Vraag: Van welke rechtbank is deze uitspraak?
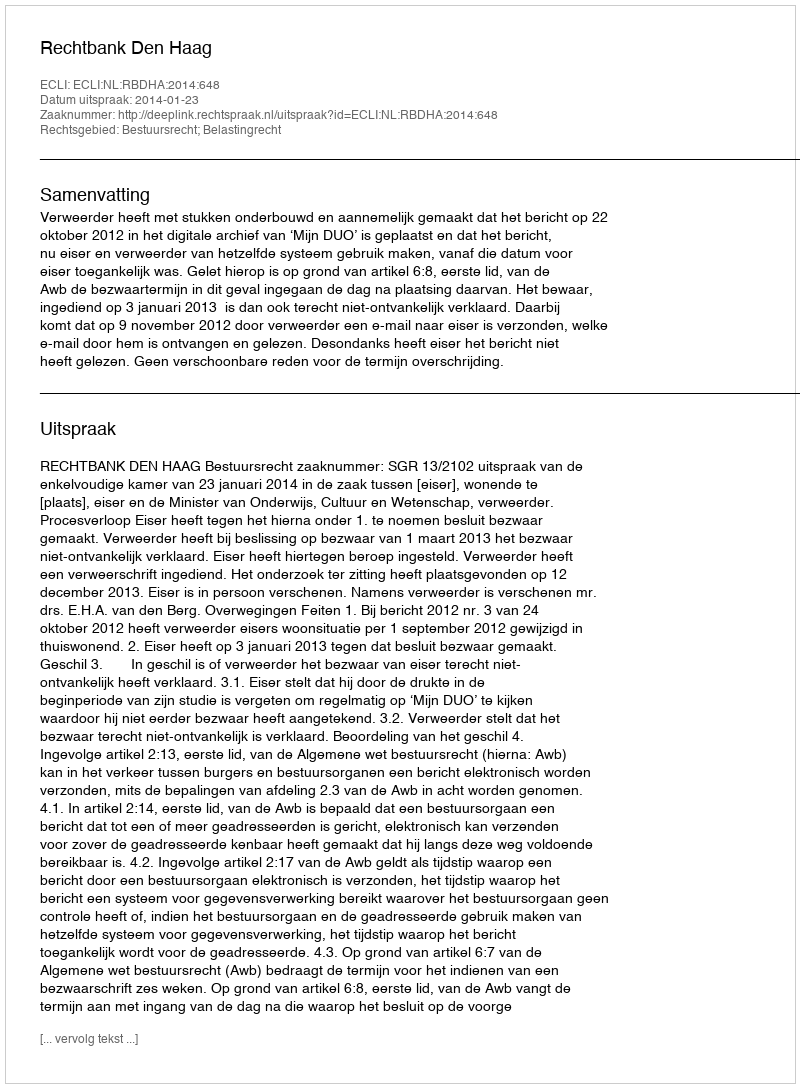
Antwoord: Rechtbank Den Haag